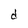
Character: d